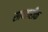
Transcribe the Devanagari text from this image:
सापताहीक